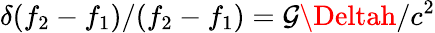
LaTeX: \delta(f_{2}-f_{1})/(f_{2}-f_{1})=\mathcal{G}\Deltah/c^{2}